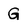
Character: G